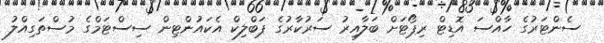
ސެންޓަރުގެ ހާއްސަ އޮޑިޓް ރިޕޯޓަށް ބަލާއިރު ސަރުކާރުގެ ޕަބްލިކް އެކައުންޓިން ސިސްޓަމްގެ މުސްތަގިއްލު